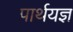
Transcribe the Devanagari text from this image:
पार्थयज्ञ